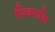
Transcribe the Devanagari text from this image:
शिवरात्रि।